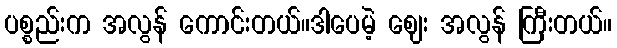
ပစ္စည်းက အလွန် ကောင်းတယ်။ဒါပေမဲ့ ဈေး အလွန် ကြီးတယ်။